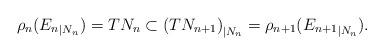
LaTeX: \begin{align*}\rho_{n}({E_{n}}_{|N_{n}})=TN_{n}\subset\left( TN_{n+1}\right) _{|N_{n}}=\rho_{n+1}({E_{n+1}}_{|N_{n}}).\end{align*}